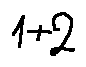
1 + 2